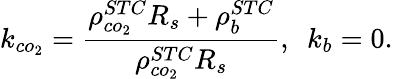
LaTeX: k_{co_{2}}=\frac{\rho_{co_{2}}^{STC}R_{s}+\rho_{b}^{STC}}{\rho_{co_{2}}^{STC}R_{s}},\ \ k_{b}=0.